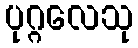
ပုဂ္ဂလေသု